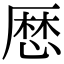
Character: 厯